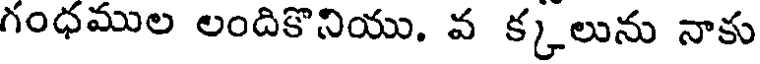
గంధముల లందికొనియు. వ క్కలును నాకు